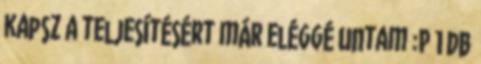
kapsz a teljesítésért már eléggé untam :P 1 db